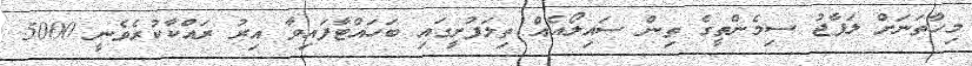
މިހާތަނަށް ލަފާޖު ސިމެންތީގެ ތިން ސައިލޯއެއް ތިލަފުށީގައި ބަހައްޓާފައިވާ އިރު ރައްކާކުރެވެނީ 5000